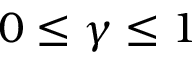
0 \leq \gamma \leq 1